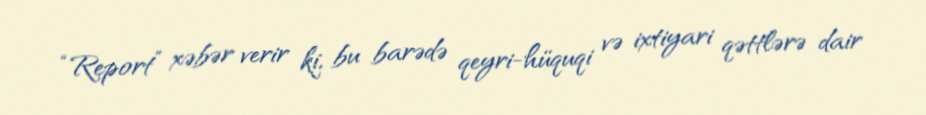
“Report” xəbər verir ki, bu barədə qeyri-hüquqi və ixtiyari qəttlərə dair